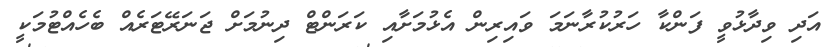
އަދި ވިދާޅުވީ ފަންކާ ހަރުކުރާނަމަ ވައިރިން އެޅުމަށާއި ކަރަންޓް ދިނުމަށް ޖަނަރޭޓަރެއް ބެހެއްޓުމަކީ